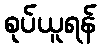
စုပ်ယူရန်